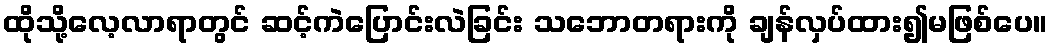
ထိုသို့လေ့လာရာတွင် ဆင့်ကဲပြောင်းလဲခြင်း သဘောတရားကို ချန်လှပ်ထား၍မဖြစ်ပေ။